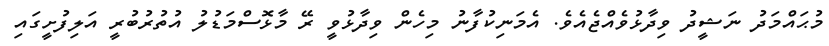
މުޙައްމަދު ނަޝީދު ވިދާޅުވެއްޖެއެވެ. އެމަނިކުފާނު މިހެން ވިދާޅުވީ ރޭ މާޅޮސްމަޑުލު އުތުރުބުރީ އަލިފުށީގައި